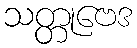
သတ္တုဗေဒ